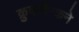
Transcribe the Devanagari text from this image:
क्रुकशैन्कने